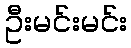
ဦးမင်းမင်း